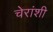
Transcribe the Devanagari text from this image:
चेरांशी